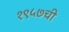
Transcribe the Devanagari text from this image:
१९५७ची